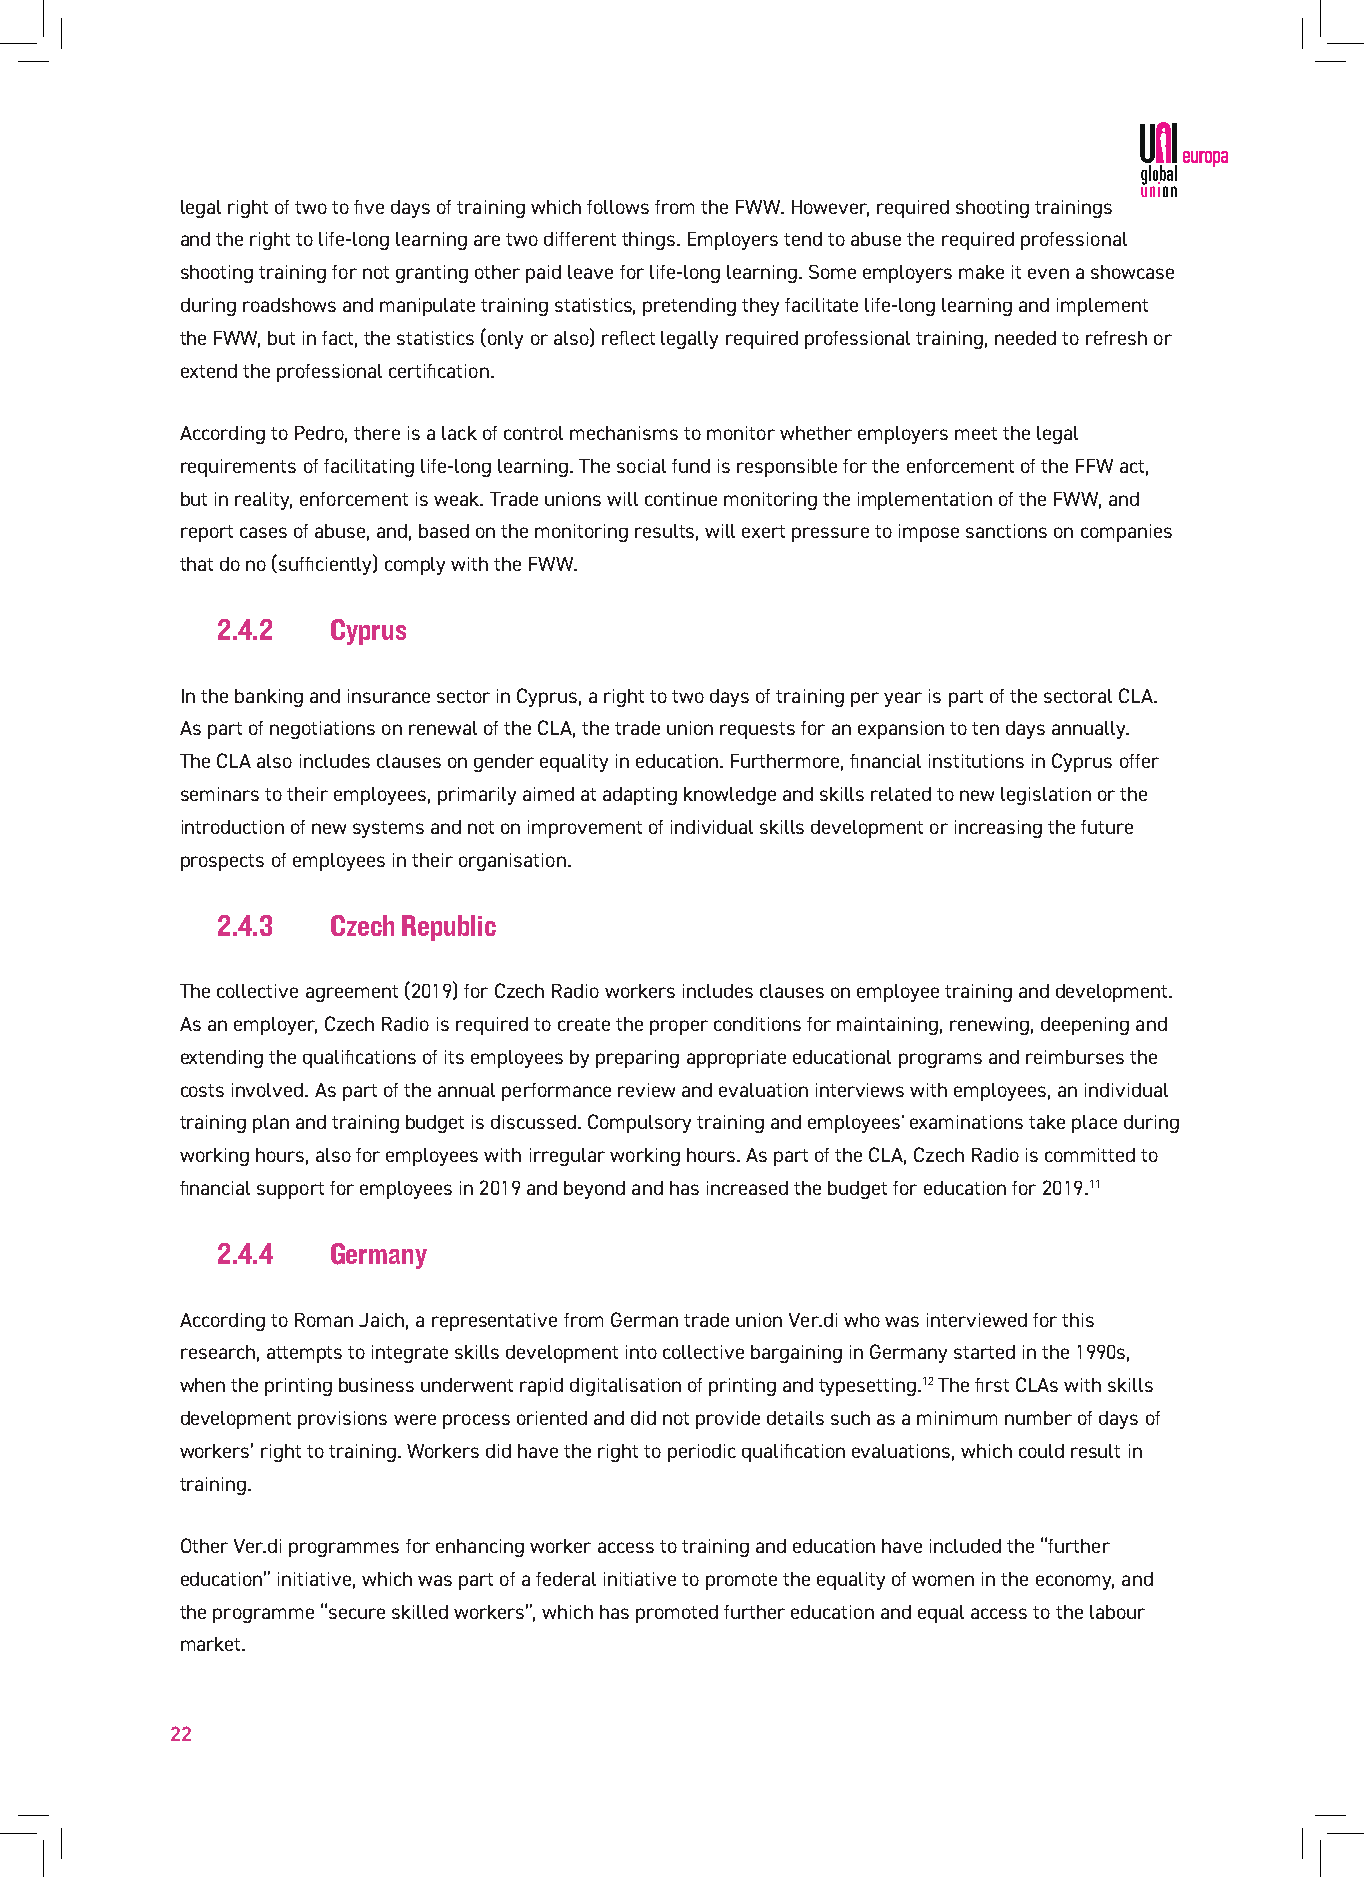
legal right of two to five days of training which follows from the FWW. However, required shooting trainings
 and the right to life-long learning are two different things. Employers tend to abuse the required professional
 shooting training for not granting other paid leave for life-long learning. Some employers make it even a showcase
 during roadshows and manipulate training statistics, pretending they facilitate life-long learning and implement
 the FWW, but in fact, the statistics (only or also) reflect legally required professional training, needed to refresh or
 extend the professional certification.
 According to Pedro, there is a lack of control mechanisms to monitor whether employers meet the legal
 requirements of facilitating life-long learning. The social fund is responsible for the enforcement of the FFW act,
 but in reality, enforcement is weak. Trade unions will continue monitoring the implementation of the FWW, and
 report cases of abuse, and, based on the monitoring results, will exert pressure to impose sanctions on companies
 that do no (sufficiently) comply with the FWW.
 2.4.2   Cyprus
 In the banking and insurance sector in Cyprus, a right to two days of training per year is part of the sectoral CLA.
 As part of negotiations on renewal of the CLA, the trade union requests for an expansion to ten days annually.
 The CLA also includes clauses on gender equality in education. Furthermore, financial institutions in Cyprus offer
 seminars to their employees, primarily aimed at adapting knowledge and skills related to new legislation or the
 introduction of new systems and not on improvement of individual skills development or increasing the future
 prospects of employees in their organisation.
 2.4.3   Czech Republic
 The collective agreement (2019) for Czech Radio workers includes clauses on employee training and development.
 As an employer, Czech Radio is required to create the proper conditions for maintaining, renewing, deepening and
 extending the qualifications of its employees by preparing appropriate educational programs and reimburses the
 costs involved. As part of the annual performance review and evaluation interviews with employees, an individual
 training plan and training budget is discussed. Compulsory training and employees' examinations take place during
 working hours, also for employees with irregular working hours. As part of the CLA, Czech Radio is committed to
 financial support for employees in 2019 and beyond and has increased the budget for education for 2019.11
 2.4.4   Germany
 According to Roman Jaich, a representative from German trade union Ver.di who was interviewed for this
 research, attempts to integrate skills development into collective bargaining in Germany started in the 1990s,
 when the printing business underwent rapid digitalisation of printing and typesetting.12 The first CLAs with skills
 development provisions were process oriented and did not provide details such as a minimum number of days of
 workers’ right to training. Workers did have the right to periodic qualification evaluations, which could result in
 training.
 Other Ver.di programmes for enhancing worker access to training and education have included the “further
 education” initiative, which was part of a federal initiative to promote the equality of women in the economy, and
 the programme “secure skilled workers”, which has promoted further education and equal access to the labour
 market.
 22